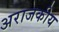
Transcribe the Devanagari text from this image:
अराजकीय